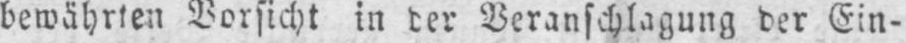
bewährten Vorsicht in der Veranschlagung der Ein-